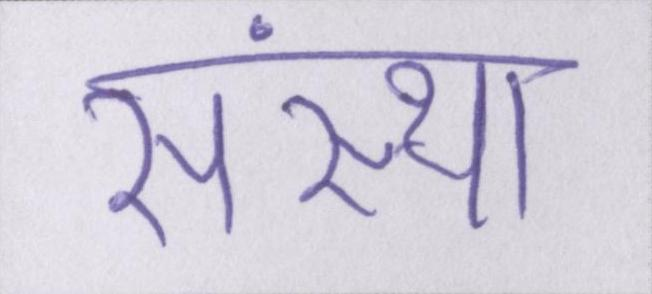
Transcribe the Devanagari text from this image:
संस्था